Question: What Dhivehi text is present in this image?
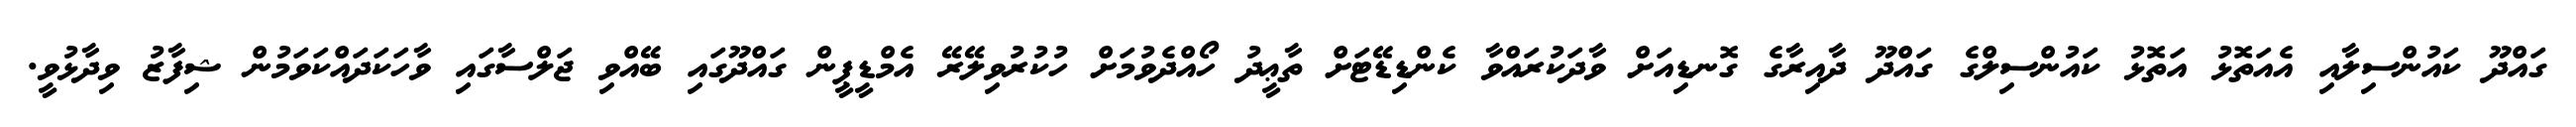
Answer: ގައްދޫ ކައުންސިލާއި އެއަތޮޅު އަތޮޅު ކައުންސިލްގެ ގައްދޫ ދާއިރާގެ ގޮނޑިއަށް ވާދަކުރައްވާ ކެންޑިޑޭޓަށް ތާޢީދު ހޯއްދެވުމަށް ހުކުރުވިލޭރޭ އެމްޑީޕީން ގައްދޫގައި ބޭއްވި ޖަލްސާގައި ވާހަކަދައްކަވަމުން ޝިފާޒު ވިދާޅުވީ.